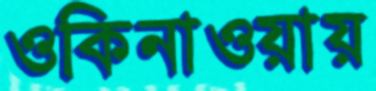
ওকিনাওয়ায়